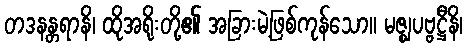
တဒနန္တရာနိ၊ ထိုအရိုးတို့၏ အခြားမဲ့ဖြစ်ကုန်သော။ မဇ္ဈပဗ္ဗဋ္ဌီနိ၊